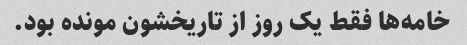
خامه‌ها فقط یک روز از تاریخشون مونده بود.